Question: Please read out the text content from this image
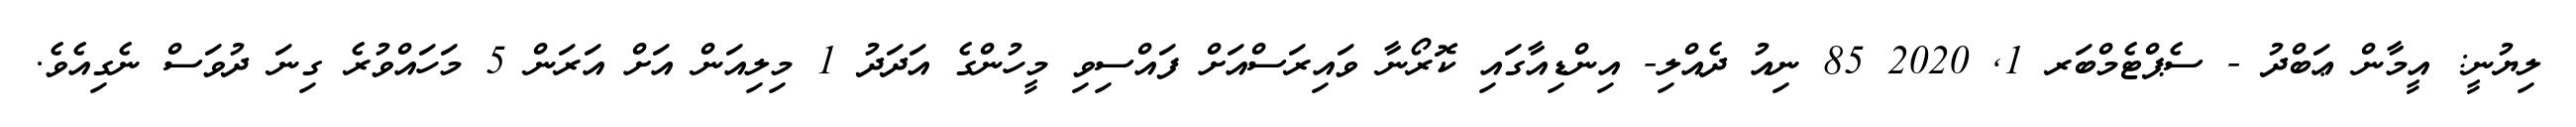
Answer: ލިޔުނީ: އީމާން ޢަބްދު - ސެޕްޓެމްބަރ 1, 2020 85 ނިއު ދެއްލި- އިންޑިއާގައި ކޮރޯނާ ވައިރަސްއަށް ފައްސިވި މީހުންގެ އަދަދު 1 މިލިއަން އަށް އަރަން 5 މަހައްވުރެ ގިނަ ދުވަސް ނެގިއެވެ.